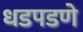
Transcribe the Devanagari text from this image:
धडपडणे